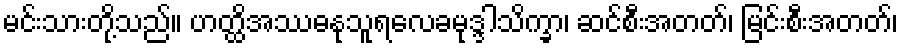
မင်းသားတို့သည်။ ဟတ္ထိအဿဓနုသူရလေခမုဒ္ဒါသိက္ခာ၊ ဆင်စီးအတတ်၊ မြင်းစီးအတတ်၊